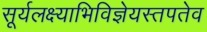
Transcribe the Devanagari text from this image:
सूर्यलक्ष्याभिविज्ञेयस्तपतेव